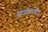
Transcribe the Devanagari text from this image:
स्वामीप्रमाणेच